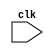
module behavioral_block (
    input wire clk,
    // other input/output declarations
    // specify input/output ports here
);

// behavioral modeling block
always @(posedge clk, negedge clk) begin
    // specify behavior of the block here
end

endmodule